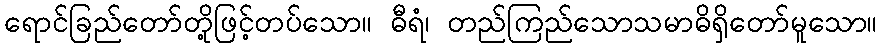
ရောင်ခြည်တော်တို့ဖြင့်တပ်သော။ ဓီရံ၊ တည်ကြည်သောသမာဓိရှိတော်မူသော။